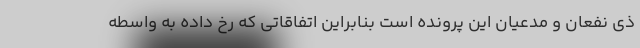
ذی نفعان و مدعیان این پرونده است بنابراین اتفاقاتی که رخ داده به واسطه